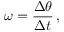
\omega = { \frac { \Delta \theta } { \Delta t } } \, ,